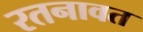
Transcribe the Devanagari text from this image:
रतनावत